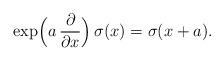
LaTeX: \begin{align*} \exp \Bigl( a \, \frac{\partial}{\partial x} \Bigr) \, \sigma (x) = \sigma (x + a). \end{align*}